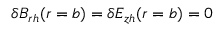
\delta B _ { r h } ( r = b ) = \delta E _ { z h } ( r = b ) = 0